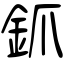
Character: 釽